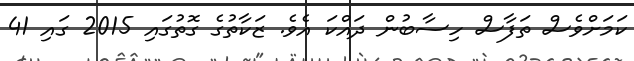
ކަމަށްވެސް ތަފާސް ހިސާބުން ދައްކަ އެވެ. ޒަކާތުގެ ގޮތުގައި 2015 ގައި 41